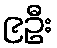
၉ဦး